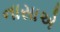
નાસાએ